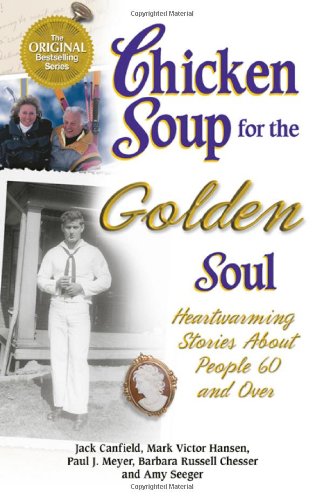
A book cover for Chicken Soup for the Golden Soul: Heartwarming Stories for People 60 and Over (Chicken Soup for the Soul); Jack Canfield; Self-Help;